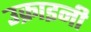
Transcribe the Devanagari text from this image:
उक्राइनी